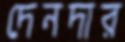
দেনদার